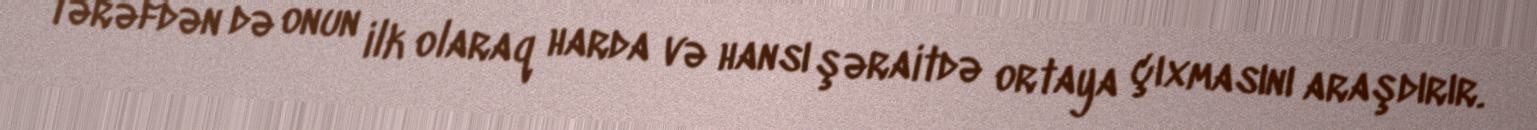
tərəfdən də onun ilk olaraq harda və hansı şəraitdə ortaya çıxmasını araşdırır.